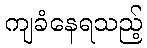
ကျခံနေရသည့်